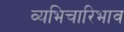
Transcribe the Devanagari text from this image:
व्यभिचारिभाव